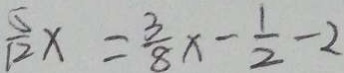
\frac { 5 } { 1 2 } x = \frac { 3 } { 8 } x - \frac { 1 } { 2 } - 2